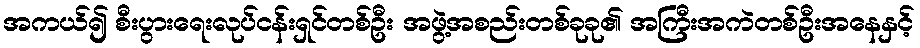
အကယ်၍ စီးပွားရေးလုပ်ငန်းရှင်တစ်ဦး အဖွဲ့အစည်းတစ်ခုခု၏ အကြီးအကဲတစ်ဦးအနေနှင့်